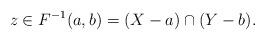
LaTeX: \begin{align*}z \in F^{-1}(a,b) = (X-a) \cap (Y-b). \end{align*}